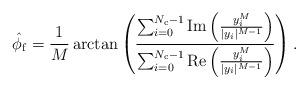
LaTeX: \begin{align*} \hat{\phi}_\mathrm{f} = \frac{1}{M}\operatorname{arctan}\left( \frac{ \sum_{i=0}^{N_\mathrm{c}-1}\operatorname{Im}\left(\frac{y_i^{M}}{\lvert y_i \rvert^{M-1}}\right) }{ \sum_{i=0}^{N_\mathrm{c}-1}\operatorname{Re}\left(\frac{y_i^{M}}{\lvert y_i \rvert^{M-1}}\right) } \right).\end{align*}